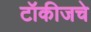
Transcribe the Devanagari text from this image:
टॉकीजचे